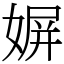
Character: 𡟛